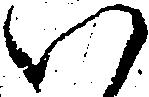
い